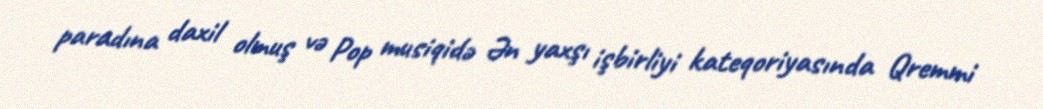
paradına daxil olmuş və Pop musiqidə Ən yaxşı işbirliyi kateqoriyasında Qremmi